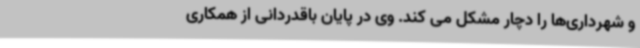
و شهرداری‌ها را دچار مشکل می کند. وی در پایان باقدردانی از همکاری